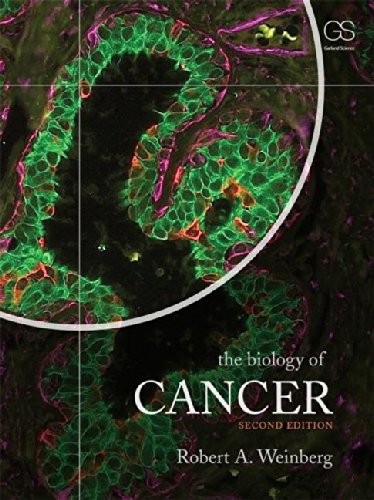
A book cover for The Biology of Cancer, 2nd Edition; Robert A. Weinberg; Science & Math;